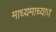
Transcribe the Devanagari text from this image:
माध्यमाच्याच